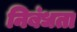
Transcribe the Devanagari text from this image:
निबंधता